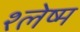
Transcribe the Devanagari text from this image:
श्‍लेष्म